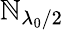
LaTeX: \mathbb{N}_{\lambda_{0}/2}